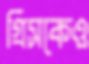
গ্রিসকেও